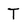
Character: T